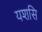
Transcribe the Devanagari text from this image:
यशसि